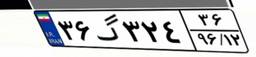
۰۲گ۵۶۴۴۹